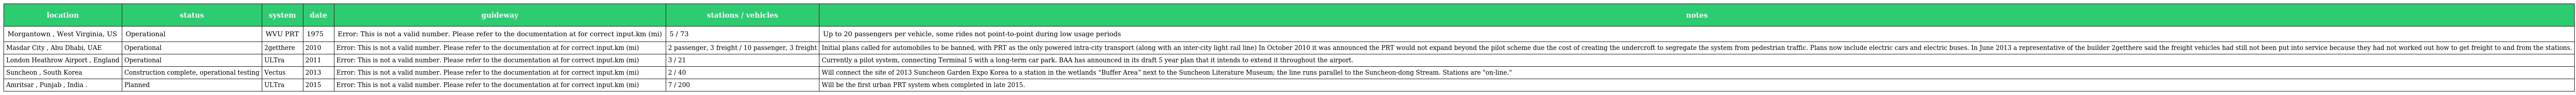
| location | status | system | date | guideway | stations / vehicles | notes |
 | --- | --- | --- | --- | --- | --- | --- |
 | Morgantown , West Virginia, US | Operational | WVU PRT | 1975 | Error: This is not a valid number. Please refer to the documentation at for correct input.km (mi) | 5 / 73 | Up to 20 passengers per vehicle, some rides not point-to-point during low usage periods |
 | Masdar City , Abu Dhabi, UAE | Operational | 2getthere | 2010 | Error: This is not a valid number. Please refer to the documentation at for correct input.km (mi) | 2 passenger, 3 freight / 10 passenger, 3 freight | Initial plans called for automobiles to be banned, with PRT as the only powered intra-city transport (along with an inter-city light rail line) In October 2010 it was announced the PRT would not expand beyond the pilot scheme due the cost of creating the undercroft to segregate the system from pedestrian traffic. Plans now include electric cars and electric buses. In June 2013 a representative of the builder 2getthere said the freight vehicles had still not been put into service because they had not worked out how to get freight to and from the stations. |
 | London Heathrow Airport , England | Operational | ULTra | 2011 | Error: This is not a valid number. Please refer to the documentation at for correct input.km (mi) | 3 / 21 | Currently a pilot system, connecting Terminal 5 with a long-term car park. BAA has announced in its draft 5 year plan that it intends to extend it throughout the airport. |
 | Suncheon , South Korea | Construction complete, operational testing | Vectus | 2013 | Error: This is not a valid number. Please refer to the documentation at for correct input.km (mi) | 2 / 40 | Will connect the site of 2013 Suncheon Garden Expo Korea to a station in the wetlands “Buffer Area” next to the Suncheon Literature Museum; the line runs parallel to the Suncheon-dong Stream. Stations are "on-line." |
 | Amritsar , Punjab , India . | Planned | ULTra | 2015 | Error: This is not a valid number. Please refer to the documentation at for correct input.km (mi) | 7 / 200 | Will be the first urban PRT system when completed in late 2015. |